Vital statistics of India. Vol. IV, Annual returns from 1871 to 1876. British Army of India, Native Army and jails of Bengal
Year: 1871
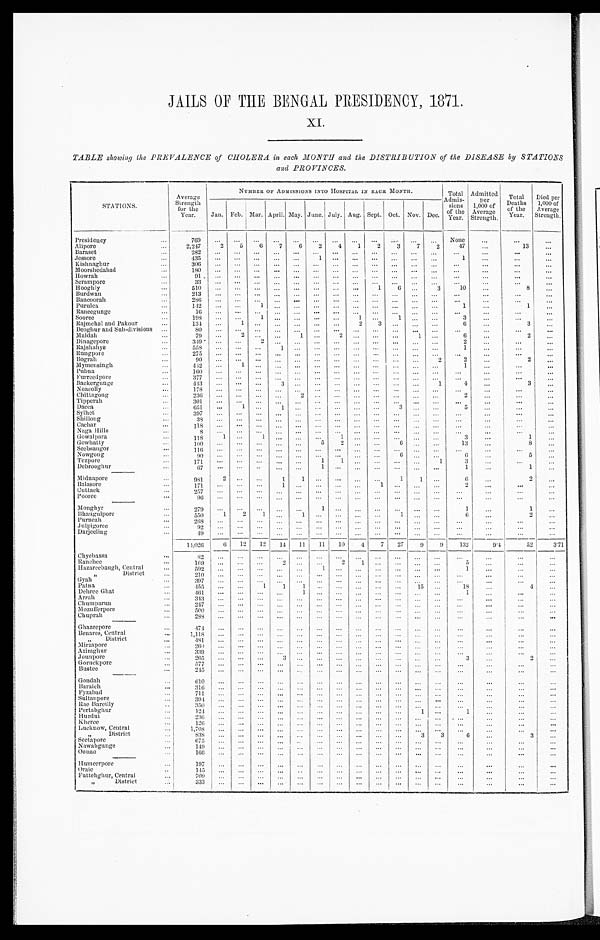
JAILS OF THE BENGAL PRESIDENCY, 1871.
XI.
TABLE showing the PREVALENCE of CHOLERA in each MONTH and the DISTRIBUTION of the DISEASE by STATIONS
and PROVINCES.
STATIONS.
Average
Strength
for the
Year.
NUMBER OF ADMISSIONS INTO HOSPITAL IN EACH MONTH.
Total
Admis-
sions
of the
Y ear.
Admitted
per
1,000 of
Average
Strength .
Total
Deaths
of the
Year.
Died per
1,000 of
Average
Strength.
Jan. Feb. Mar. April. May. June. July. Aug. Sept. Oct. N ov. Dec.
Presidency
. . .
769
... ... ... ...
. . .
. . .
. . . . . .
. . . . . .
. . .
. . . None
. . .
...
...
Alipore
. . . 2,247
2 5
6
7
6
2
4 1
2
3
7
2
4 7
...
13
...
Baraset
...
2 8 2
. . .
...
. . .
. . .
. . .
. . . ...
...
...
...
...
. . .
. . .
. . .
. . .
...
Jessore
...
435
. . .
...
. . .
. . .
. . .
1 . . .
. . .
. . .
. . . ...
...
1
. . .
. . .
. . .
Kishnaghur
...
306
. . .
. . .
. . .
. . .
. . .
. . .
. . . . . .
. . .
. . .
. . . . . .
. . .
. . .
. . .
. . .
Moorshedabad
. . .
180
. . .
...
. . . ...
. . .
. . . ...
...
...
.. .
...
...
. . . ...
. . .
...
Howrah
...
9 1
. . .
...
. . .
. . . . . .
. . .
. . .
. . .
. . .
. . .
. . .
. . .
...
. . .
. . .
...
Serampore
. . .
33
...
. . .
. . . ...
...
...
. . . . . .
. . .
. . .
. . .
. . .
. . .
. . .
. . .
. . .
Hooghly
...
510
... ...
...
...
...
. . . ...
...
1
6 ...
3
1 0
...
8
...
Burdwan
. . .
213
. . . ...
. . . ...
...
. . .
. . . ...
...
...
...
...
. . . ...
...
...
Bancoorah
...
286 ... ...
... ...
. . .
. . .
. . .
. . .
. . .
. . .
. . . ...
...
...
...
...
Purulea
...
142 ...
...
1
...
. . .
. . .
. . . ...
. . .
. . .
...
. . .
1
...
1
...
Raneegunge
. . .
16
..
...
...
...
. . . ...
...
...
...
...
...
...
. . . ...
. . .
. . .
Sooree
. . .
198 ...
. . .
1
. . .
. . .
. . .
. . .
1 ...
1
. . .
. . .
3
. . .
. . .
...
Rajmehal and Pakour
...
134
. . . 1
. . . ...
. . .
. . .
. . .
2
3
. . .
. . . ...
6
...
3
...
Deoghur and Sub-divisions ...
80
. . . ...
...
...
...
. . .
. . .
...
...
. . .
. . .
. . .
. . .
. . .
. . .
. . .
Maldah
...
79
. . .
2
... ...
1 ...
2
. . .
. . .
. . .
1
. . .
6
...
2
...
Dinagepore
...
349
. . . ...
2 ...
. . . ...
. . .
. . . ...
. . . ...
. . .
2
...
...
...
Rajshahye
...
558
. . . ...
. . .
1 ...
. . . ...
...
. . .
...
...
...
1
. . .
...
...
Rungpore
. . .
275
. . . ...
...
...
. . .
. . .
. . . . . .
...
...
. . .
...
. . .
. . .
. . .
...
Bograh
...
90
. . . ...
...
...
. . . ...
...
. . .
. . .
. . .
. . .
2
2
...
2
...
Mymensingh
. . .
442 ...
1 ... ...
. . .
. . .
. . .
. . .
. . .
. . .
. . .
. . .
1
...
. . .
. . .
Pubna
. . .
160 ...
. . .
. . . ... ...
. . .
. . .
...
. . .
. . .
. . .
. . . ...
. . .
. . .
...
Furreedpore
. . .
377 ...
. . .
. . .
. . .
. . .
. . .
. . .
. . .
. . .
. . .
. . .
. . .
...
. . .
. . .
. . .
Backergunge
. . .
4 4 3
... ...
... 3
. . .
. . .
. . .
. . .
. . .
. . .
. . .
1
4
. . .
3
. . .
Noacolly
...
178
. . . ...
... ...
. . . ...
...
...
...
...
...
...
. . .
. . .
...
. . .
Chittagong
. . .
2 3 6
... ...
... ...
2 ...
...
. . . ...
...
. . .
. . .
2
...
...
...
Tipperah
. . .
301
. . .
. . . ... ...
. . .
. . .
. . . . . .
. . .
. . .
. . .
. . .
. . .
. . .
. . .
. . .
Dacca
...
651
...
1
... 1
. . .
. . .
. . .
. . .
. . .
3
. . . ....
5
. . .
. . .
. . .
Sylhet
. . .
3 9 7
...
. . . ... ...
. . .
. . .
. . .
. . .
. . .
. . .
. . .
. . .
...
. . .
. . .
...
Shillong
. . .
3 8
...
. . . ... ...
. . . . . .
. . .
. . .
. . .
. . .
. . .
. . .
. . .
. . .
. . .
...
Cachar
...
1 1 8 ...
. . . ... ...
. . .
. . . ...
. . . ...
. . .
. . .
. . .
. . . ...
. . .
...
Naga Hills
. . .
8 ...
. . . ... ...
. . .
. . .
. . .
. . .
. . .
. . .
. . .
. . .
. . .
. . .
. . .
. . .
Gowalpara
...
1 1 8
1 ...
1
...
. . .
. . .
1
. . .
. . .
. . .
. . .
. . .
3
...
1
. . .
Gowhatty
...
100
. . . ...
... ... ...
5
2
. . .
. . .
6
. . .
. . .
13
. . .
8
. . .
Seebsangor
. . .
116
. . . ...
. . . . . .
. . .
. . .
. . .
. . .
. . .
. . .
. . .
. . .
. . .
. . .
. . .
. . .
Nowgong
. . .
90
. . . ...
. . .
. . .
. . .
. . . . . .
. . .
. . .
6
. . . ...
6
. . .
5
...
Tezpore
...
1 7 1
... ...
... ...
. . .
1
1 ...
. . . ...
. . .
1
3
...
. . .
. . .
Debrooghur
. . .
67
. . . ...
... ...
. . .
1
. . .
. . .
. . .
. . .
. . .
. . .
1
. . .
1
. . .
Midnapore
. . .
981
2 ...
...
1
1
. . .
. . .
. . . ...
1
1 ...
6
...
2
. . .
Balasore
...
1 7 1
. . .
...
...
1
. . .
. . .
. . .
. . .
1
. . . ...
...
2
...
...
...
Cuttack
. . .
2 5 7
. . .
...
...
. . .
. . .
. . .
. . .
. . .
. . .
. . . ...
...
...
. . .
. . .
...
Pooree
. . .
9 6
. . .
...
...
. . .
. . .
. . . . . .
. . .
. . .
. . .
. . .
. . .
. . .
. . .
. . .
...
Monghyr
...
279
. . .
...
...
. . .
. . .
1
. . .
. . .
. . .
. . .
. . .
. . .
1
. . .
1
...
Bhaugulpore
. . .
550
1 2
1
. . .
1
. . .
. . .
. . .
. . .
1
. . .
. . .
6
...
2
...
Purneah
...
2 6 8
. . .
...
. . .
. . . ...
. . .
. . .
. . . ...
...
. . . ...
. . .
. . .
. . .
. . .
Julpigoree
. . .
92
. . .
...
. . .
. . .
. . .
. . .
. . .
. . . ...
...
. . .
. . .
...
. . .
...
...
Darjeeling
. . .
4 9
. . .
...
. . . ...
. . .
. . .
. . .
. . .
. . .
. . .
. . .
. . .
. . .
. . .
. . .
. . .
14,026
6 12
12
14
11
11
10
—
4
7
27
9
9
132
9.4
52
3.71
Chyebassa
. . .
82
. . .
. . .
. . .
. . .
. . .
. . .
. . .
. . .
. . .
. . .
. . .
. . .
. . .
. . . . . .
. . .
Ranchee
. . .
169
...
. . . ...
2
. . .
. . .
2
1
. . .
. . .
. . .
. . .
5
. . . . . .
. . .
Hazareebaugh, Central
...
5 9 2
. . . ...
. . .
. . .
. . .
1 . . .
. . .
. . .
. . .
. . .
. . .
1
. . .
. . .
. . .
, , Di s t r i c t
. . .
2 10
. . . ...
. . .
. . .
. . .
. . .
. . .
. . .
. . .
. . .
. . .
. . .
. . .
. . .
. . .
. . .
Gyah
...
397 ...
. . .
. . . ...
. . .
. . .
. . .
. . .
. . .
. . .
. . .
. . .
...
. . .
. . .
. . .
Patna
. . .
4 5 5 ... ...
1
1
1
. . .
. . . ...
...
. . .
15 ...
1 8
. . .
4
...
Dehree Ghat
. . .
4 6 1
. . . ...
. . .
. . .
1
. . .
. . .
. . .
. . .
. . .
. . .
. . .
1
. . .
...
...
Arrah
...
3 4 3 ...
...
. . .
. . .
. . .
. . . ...
. . . ...
...
. . .
. . .
. . .
. . .
. . .
. . .
Chumparun
. . .
2 4 7
...
. . .
. . . ...
. . .
. . .
. . .
. . .
. . .
. . . ...
. . .
...
. . .
. . .
. . .
Mozufferpore
...
500 ...
. . .
. . .
. . .
. . .
. . . . . .
. . .
. . .
. . .
. . .
. . .
. . .
. . .
. . .
. . .
Chuprah
. . .
288 ...
. . .
. . .
. . .
. . .
. . .
. . .
. . .
. . .
. . .
. . .
. . .
. . .
. . .
. . .
. . .
Ghazeepore
. . .
474 ...
. . . ... ...
. . .
. . .
. . .
...
. . .
. . . ...
. . .
. . . ...
. . .
. . .
Benares, Central
...
1,118
...
. . .
. . . ... ...
...
...
...
...
...
. . . ...
. . .
. . .
...
. . .
, , D i s t r i c t
...
481
...
. . . ... ...
. . .
. . . . . .
. . .
. . .
. . .
. . .
. . .
. . .
. . .
. . .
. . .
Mirzapore
...
260 ...
. . .
. . .
. . .
. . .
. . .
. . .
. . .
. . .
. . .
. . .
. . .
. . .
. . .
. . .
. . .
Azimghur
...
339
. . .
. . . ... ...
. . .
. . . ...
...
...
...
...
...
. . .
. . .
. . .
. . .
Jounpore
. . .
265 ...
. . . ... 3
. . .
. . .
. . .
. . .
. . .
. . .
. . .
. . .
3
. . .
2
...
Goruckpore
. . .
5 7 7
...
. . . ... ...
. . .
. . .
. . .
. . .
. . .
. . .
. . .
. . .
. . .
. . .
. . .
. . .
Bus t e e
...
2 4 5
...
. . . ...
. . .
. . .
. . .
. . .
. . .
. . .
. . .
. . .
. . .
. . .
. . .
. . .
. . .
Gondah
. . .
610
...
. . .
. . . ...
...
...
...
...
. . . ...
...
. . .
...
...
...
. . .
Baraich
. . .
316
...
. . . ... ...
...
...
. . . ...
. . .
. . . ...
...
...
. . .
...
. . .
Fyzabad
. . .
711
. . .
. . . ... ...
...
...
...
. . . ...
...
. . . ...
...
. . .
...
...
Sultanpore
...
394 ... ...
... ...
. . . ...
. . .
. . . ...
. . . ...
. . .
. . .
. . .
. . .
. . .
Rae Bareilly
. . .
350
... ...
... ...
...
...
...
. . . ...
. . .
. . .
. . .
...
...
. . .
...
Pertabghur
. . .
124 ... ...
... ...
...
...
...
...
. . . ...
1
. . .
1
. . .
. . .
...
Hurdui
. . .
236 ... ...
... ...
. . .
. . .
. . .
. . .
. . .
. . .
. . .
. . .
...
. . .
...
...
Kheree
. . .
1 2 6
... ...
... ...
. . .
. . .
. . .
. . .
. . .
. . .
. . .
. . .
. . .
. . .
...
...
Lucknow, Central
...
1,708
. . . ...
... ...
. . .
. . .
. . .
. . .
. . .
. . .
. . . ...
. . .
. . .
...
. . .
,, District
...
8 3 8
. . .
...
... ...
. . .
. . .
. . . ...
...
...
3
3
6
...
3
. . .
Seetapore
. . .
675
. . .
...
...
...
. . .
...
. . .
. . . ...
...
...
...
...
...
...
...
Nawabgunge
...
1 4 9
. . .
...
... ...
. . .
. . .
. . . ...
...
...
...
...
. . .
. . .
. . .
. . .
Oonao
. . .
1 6 6
. . .
...
... ... ...
...
. . .
. . .
. . . ...
. . .
. . .
. . .
. . .
. . .
. . .
Humeerpore
. . .
197
... ...
. . .
. . .
. . .
. . .
. . .
. . .
. . .
. . .
. . . ...
. . .
. . .
. . .
...
Oraic
. . .
1 4 5
. . .
...
......
. . .
. . .
. . .
. . .
. . .
. . .
. . .
. . .
. . .
. . .
...
. . .
Futtehghur, Central
. . .
7 0 9
. . .
...
......
. . .
. . .
. . .
. . .
. . .
. . .
. . .
. . .
. . .
. . .
. . .
. . .
,,
District
... 333
... ...
... ...
...
...
...
. . . ...
...
. . . ...
. . .
. . .
...
...